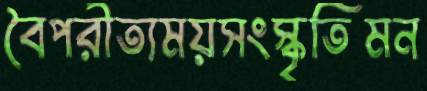
বৈপরীত্যময়সংস্কৃতিমন